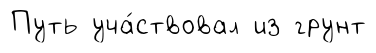
Путь уча́ствовал из грунт